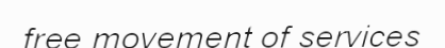
free movement of services